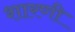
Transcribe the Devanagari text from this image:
शारणी